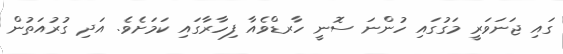
ގައި ޖަނަވަރީ މަގުގައި ހުންނަ ސޮނީ ހާރޑްވެއާ ފިހާރާގައި ކަމަށެވެ. އަދި ގުރުއަތުން